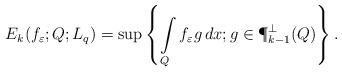
LaTeX: \begin{align*} E_k(f_\varepsilon;Q;L_q)= \sup\left\{ \int\limits_Q f_\varepsilon g\,dx; g\in\P_{k-1}^\perp(Q)\right\}.\end{align*}